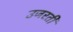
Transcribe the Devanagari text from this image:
उजरती